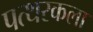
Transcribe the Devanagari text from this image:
पत्थरकला